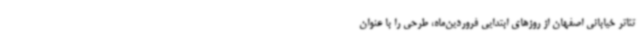
تئاتر خیابانی اصفهان از روزهای ابتدایی فروردین‌ماه، طرحی را با عنوان